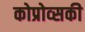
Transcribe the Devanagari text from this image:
कोप्रोव्सकी